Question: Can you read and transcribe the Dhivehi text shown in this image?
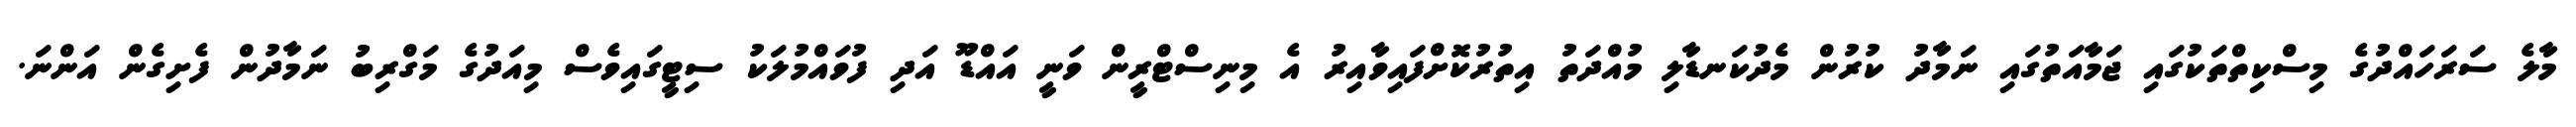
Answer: މާލެ ސަރަހައްދުގެ މިސްކިތްތަކުގައި ޖަމާއަތުގައި ނަމާދު ކުރުން މެދުކަނޑާލި މުއްދަތު އިތުރުކޮށްފައިވާއިރު އެ މިނިސްޓްރީން ވަނީ އައްޑޫ އަދި ފުވައްމުލަކު ސިޓީގައިވެސް މިއަދުގެ މަގްރިބު ނަމާދުން ފެށިގެން އަންނަ.